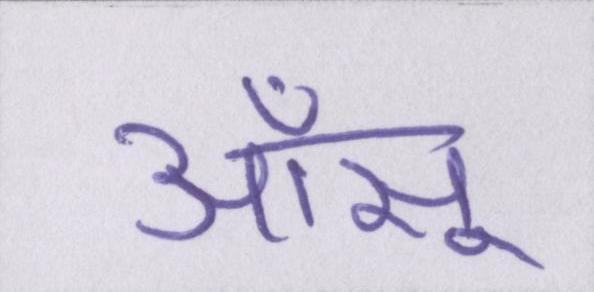
आँसू